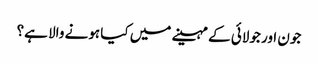
جون اور جولائی کے مہینے میں کیا ہونے والا ہے؟